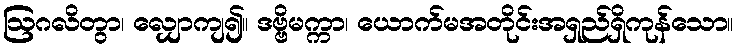
ဩဂလိတွာ၊ လျှောကျ၍။ ဒဗ္ဗိမက္ကာ၊ ယောက်မအတိုင်းအရှည်ရှိကုန်သော။